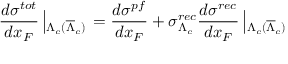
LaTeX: \frac { d \sigma ^ { t o t } } { d x _ { F } } \left| _ { \Lambda _ { c } ( \overline { { { \Lambda } } } _ { c } ) } \right. = \frac { d \sigma ^ { p f } } { d x _ { F } } + \sigma _ { \Lambda _ { c } } ^ { r e c } \frac { d \sigma ^ { r e c } } { d x _ { F } } \left| _ { \Lambda _ { c } ( \overline { { { \Lambda } } } _ { c } ) } \right.